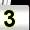
Digit: 3